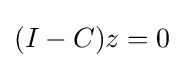
{\textstyle (I-C)z=0}